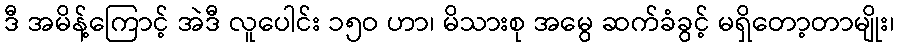
ဒီ အမိန့်ကြောင့် အဲဒီ လူပေါင်း ၁၅ဝ ဟာ၊ မိသားစု အမွေ ဆက်ခံခွင့် မရှိတော့တာမျိုး၊